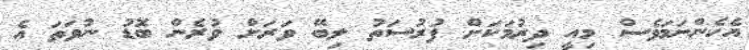
އެހެންނަމަވެސް މިއީ ދިރުމަކަށް ފުރުސަތު ލިބޭ ވަރަށް ވުރެން ބޮޑު ނުވަތަ އެ